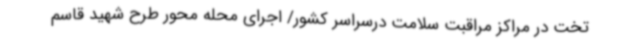
تخت در مراکز مراقبت سلامت درسراسر کشور/ اجرای محله محور طرح شهید قاسم